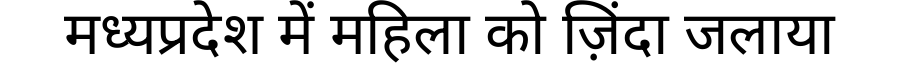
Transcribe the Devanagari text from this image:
मध्यप्रदेश में महिला को ज़िंदा जलाया